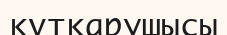
құтқарушысы